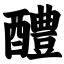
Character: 醴